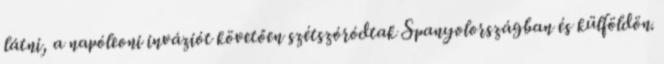
látni, a napóleoni inváziót követően szétszóródtak Spanyolországban és külföldön.